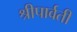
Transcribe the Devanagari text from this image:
श्रीपार्वती